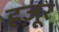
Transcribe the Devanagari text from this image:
हज़ूर